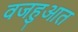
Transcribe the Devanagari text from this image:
वजहुआत